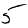
Digit: 5